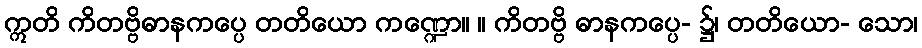
ဣတိ ကိတဗ္ဗိဓာနကပ္ပေ တတိယော ကဏ္ဍော။ ။ ကိတဗ္ဗိ ဓာနကပ္ပေ- ၌၊ တတိယော- သော၊